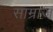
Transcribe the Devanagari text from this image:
साम्राज